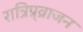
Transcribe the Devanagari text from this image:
रात्रिप्र्व्राजन